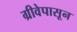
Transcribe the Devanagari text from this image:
ग्रीवेपासून